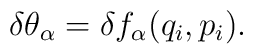
\delta\theta_\alpha=\delta f_\alpha(q_i,p_i).